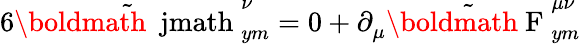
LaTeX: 6\tilde{\mathrm{\boldmath~\ jmath~}}_{ym}^{\nu}=0+\partial_{\mu}^{}\tilde{\mathrm{\boldmath~F~}}_{ym}^{\mu\nu}